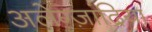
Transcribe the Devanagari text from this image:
अलेग्ज़ांद्रिया